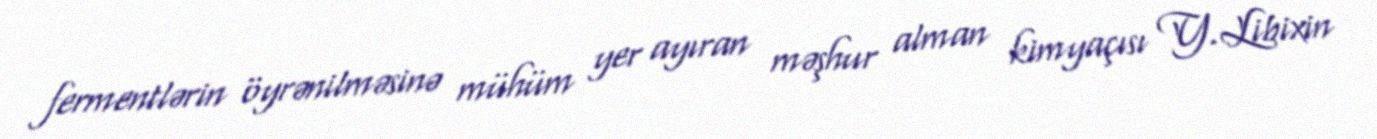
fermentlərin öyrənilməsinə mühüm yer ayıran məşhur alman kimyaçısı Y.Libixin